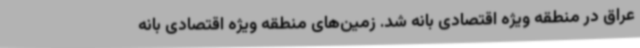
عراق در منطقه ویژه اقتصادی بانه شد. زمین‌های منطقه ویژه اقتصادی بانه